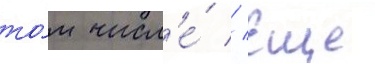
то́м числ'е́ // Еще